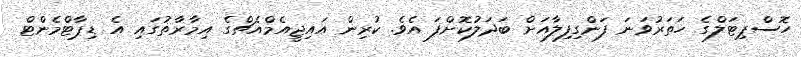
ހޮސްޕިޓަލްގެ ހަތަރުވަނަ ފަންގިފިލާއަށް ބަދަލުކޮށްފަ އެވެ. ކުރިން އައިޖީއެމްއެޗްގެ އިމާރާތުގައި އެ ޑިޕާޓްމެންޓް